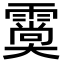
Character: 𩅌